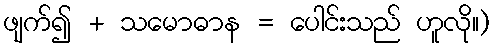
ဖျက်၍ + သမောဓာန = ပေါင်းသည် ဟူလို။)